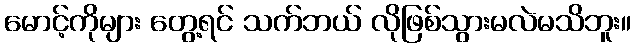
မောင့်ကိုများ တွေ့ရင် သက်ဘယ် လိုဖြစ်သွားမလဲမသိဘူး။